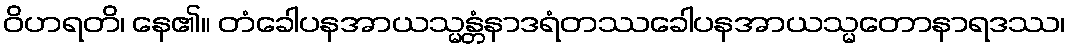
ဝိဟရတိ၊ နေ၏။ တံခေါပနအာယသ္မန္တံနာဒရံတဿခေါပနအာယသ္မတောနာရဒဿ၊